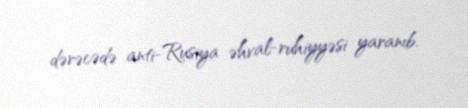
dərəcədə anti-Rusiya əhval-ruhiyyəsi yaranıb.